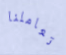
تعاملنا